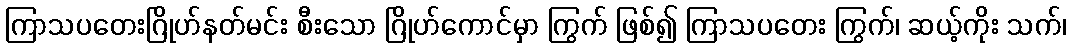
ကြာသပတေးဂြိုဟ်နတ်မင်း စီးသော ဂြိုဟ်ကောင်မှာ ကြွက် ဖြစ်၍ ကြာသပတေး ကြွက်၊ ဆယ့်ကိုး သက်၊